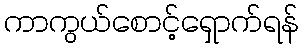
ကာကွယ်စောင့်ရှောက်ရန်